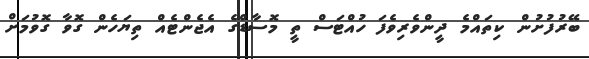
ބޭރުފުށުން ކިތައްމެ ދީންވެރިވެފަ ހުއްޓަސް ތީ މޮސާޑްގެ އެޖެންޓެއް ތިޔަހެން ގޮވާ ގޮވުމަށް